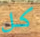
كل